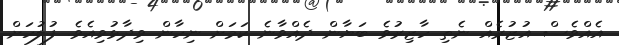
އެއްވެސް އުޒުރެއް ނެތި ހާޒިރުވެ ބަޔާން ދެއްވާނެ ކަމަށް ނިހާން ވިދާޅުވިއެވެ. ފުލުހަށް